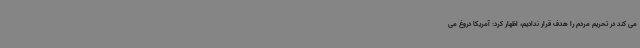
می کند در تحریم مردم را هدف قرار ندادیم، اظهار کرد: آمریکا دروغ می